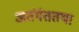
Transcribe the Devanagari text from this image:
अतंर्गततथा